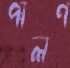
পালণ